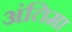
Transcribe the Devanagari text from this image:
अंतिमा